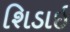
શિડાઇ